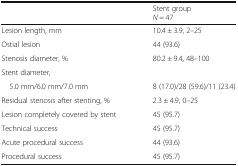
<table><thead><tr><td></td><td><b>Stent group<i>N</i> = 47</b></td></tr></thead><tbody><tr><td>Lesion length, mm</td><td>10.4 ± 3.9, 2–25</td></tr><tr><td>Ostial lesion</td><td>44 (93.6)</td></tr><tr><td>Stenosis diameter, %</td><td>80.2 ± 9.4, 48–100</td></tr><tr><td colspan="2">Stent diameter,</td></tr><tr><td> 5.0 mm/6.0 mm/7.0 mm</td><td>8 (17.0)/28 (59.6)/11 (23.4)</td></tr><tr><td>Residual stenosis after stenting, %</td><td>2.3 ± 4.9, 0–25</td></tr><tr><td>Lesion completely covered by stent</td><td>45 (95.7)</td></tr><tr><td>Technical success</td><td>45 (95.7)</td></tr><tr><td>Acute procedural success</td><td>44 (93.6)</td></tr><tr><td>Procedural success</td><td>45 (95.7)</td></tr></tbody></table>